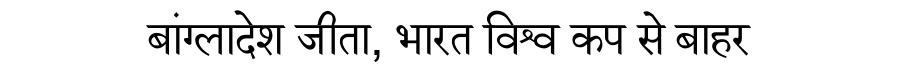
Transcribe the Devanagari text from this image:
बांग्लादेश जीता, भारत विश्व कप से बाहर